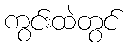
ကွင်းထဲတွင်